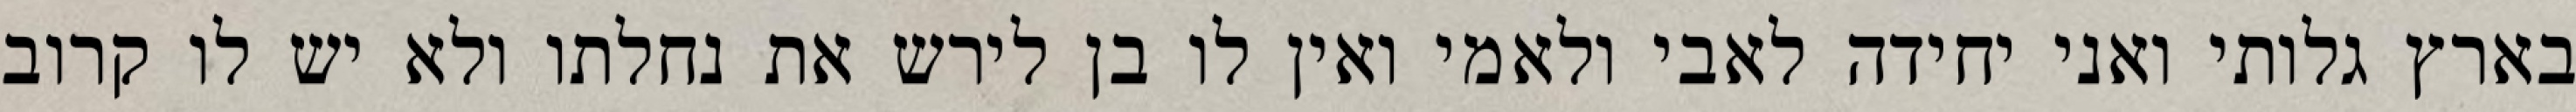
בארץ גלותי ואני יחידה לאבי ולאמי ואין לו בן לירש את נחלתו ולא יש לו קרוב